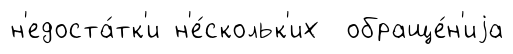
н'едоста́тк'и н'е́скольк'их обраще́н'иjа